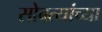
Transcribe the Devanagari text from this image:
सोबत्यांच्या